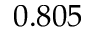
0 . 8 0 5